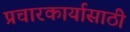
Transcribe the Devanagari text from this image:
प्रचारकार्यासाठी